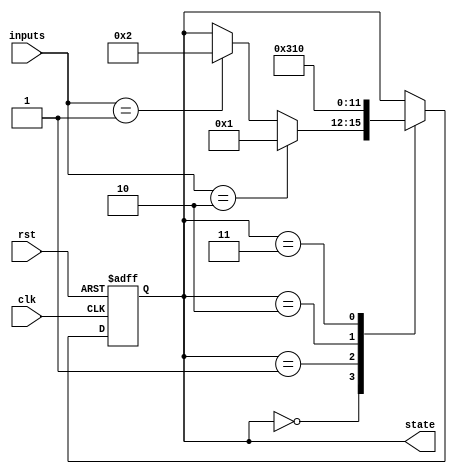
module state_machine(
  input clk,
  input rst,
  input [1:0] inputs,
  output reg [3:0] state
);

// define states
parameter S0 = 4'b0000;
parameter S1 = 4'b0001;
parameter S2 = 4'b0010;
parameter S3 = 4'b0011;

// define state machine transitions
always @(posedge clk or posedge rst) begin
  if (rst) begin
    state <= S0; // initialize state machine
  end else begin
    case(state)
      S0: begin
        if(inputs == 2'b10) begin
          state <= S1;
        end else if(inputs == 2'b01) begin
          state <= S2;
        end
      end
      S1: begin
        state <= S3;
      end
      S2: begin
        state <= S1;
      end
      S3: begin
        state <= S0;
      end
    endcase
  end
end

// define state machine outputs
always @(state) begin
  case(state)
    S0: begin
      // unique output pattern for S0
    end
    S1: begin
      // unique output pattern for S1
    end
    S2: begin
      // unique output pattern for S2
    end
    S3: begin
      // unique output pattern for S3
    end
  endcase
end

endmodule